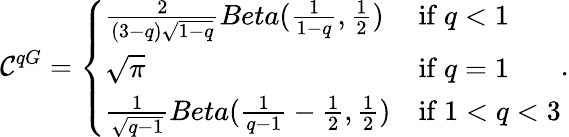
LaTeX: \mathcal{C}^{qG}=\left\{ \begin{array}{ll}{\frac{2}{(3-q)\sqrt{1-q}}Beta(\frac{1}{1-q},\frac{1}{2})}&{\mathrm{if~}q<1}\\ {\sqrt{\pi}}&{\mathrm{if~}q=1}\\ {\frac{1}{\sqrt{q-1}}Beta(\frac{1}{q-1}-\frac{1}{2},\frac{1}{2})}&{\mathrm{if~}1<q<3}\end{array}\right..